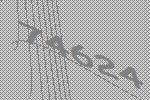
74624